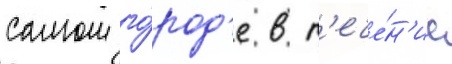
самом го́род'е в т'ече́н'ие